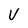
Character: v